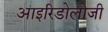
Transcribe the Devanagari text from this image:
आइरिडोलोजी